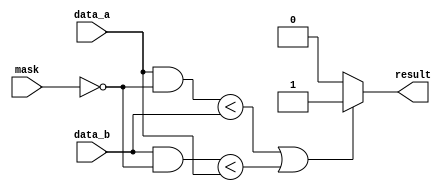
module masked_comparator (
    input [15:0] data_a,
    input [15:0] data_b,
    input [15:0] mask,
    output reg result
);

always @*
begin
    if (((data_a & ~mask) < data_b) || ((data_b & ~mask) < data_a))
        result = 1;
    else
        result = 0;
end

endmodule